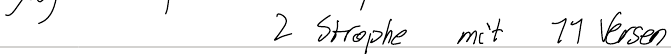
2 Strophe mit 11 Versen